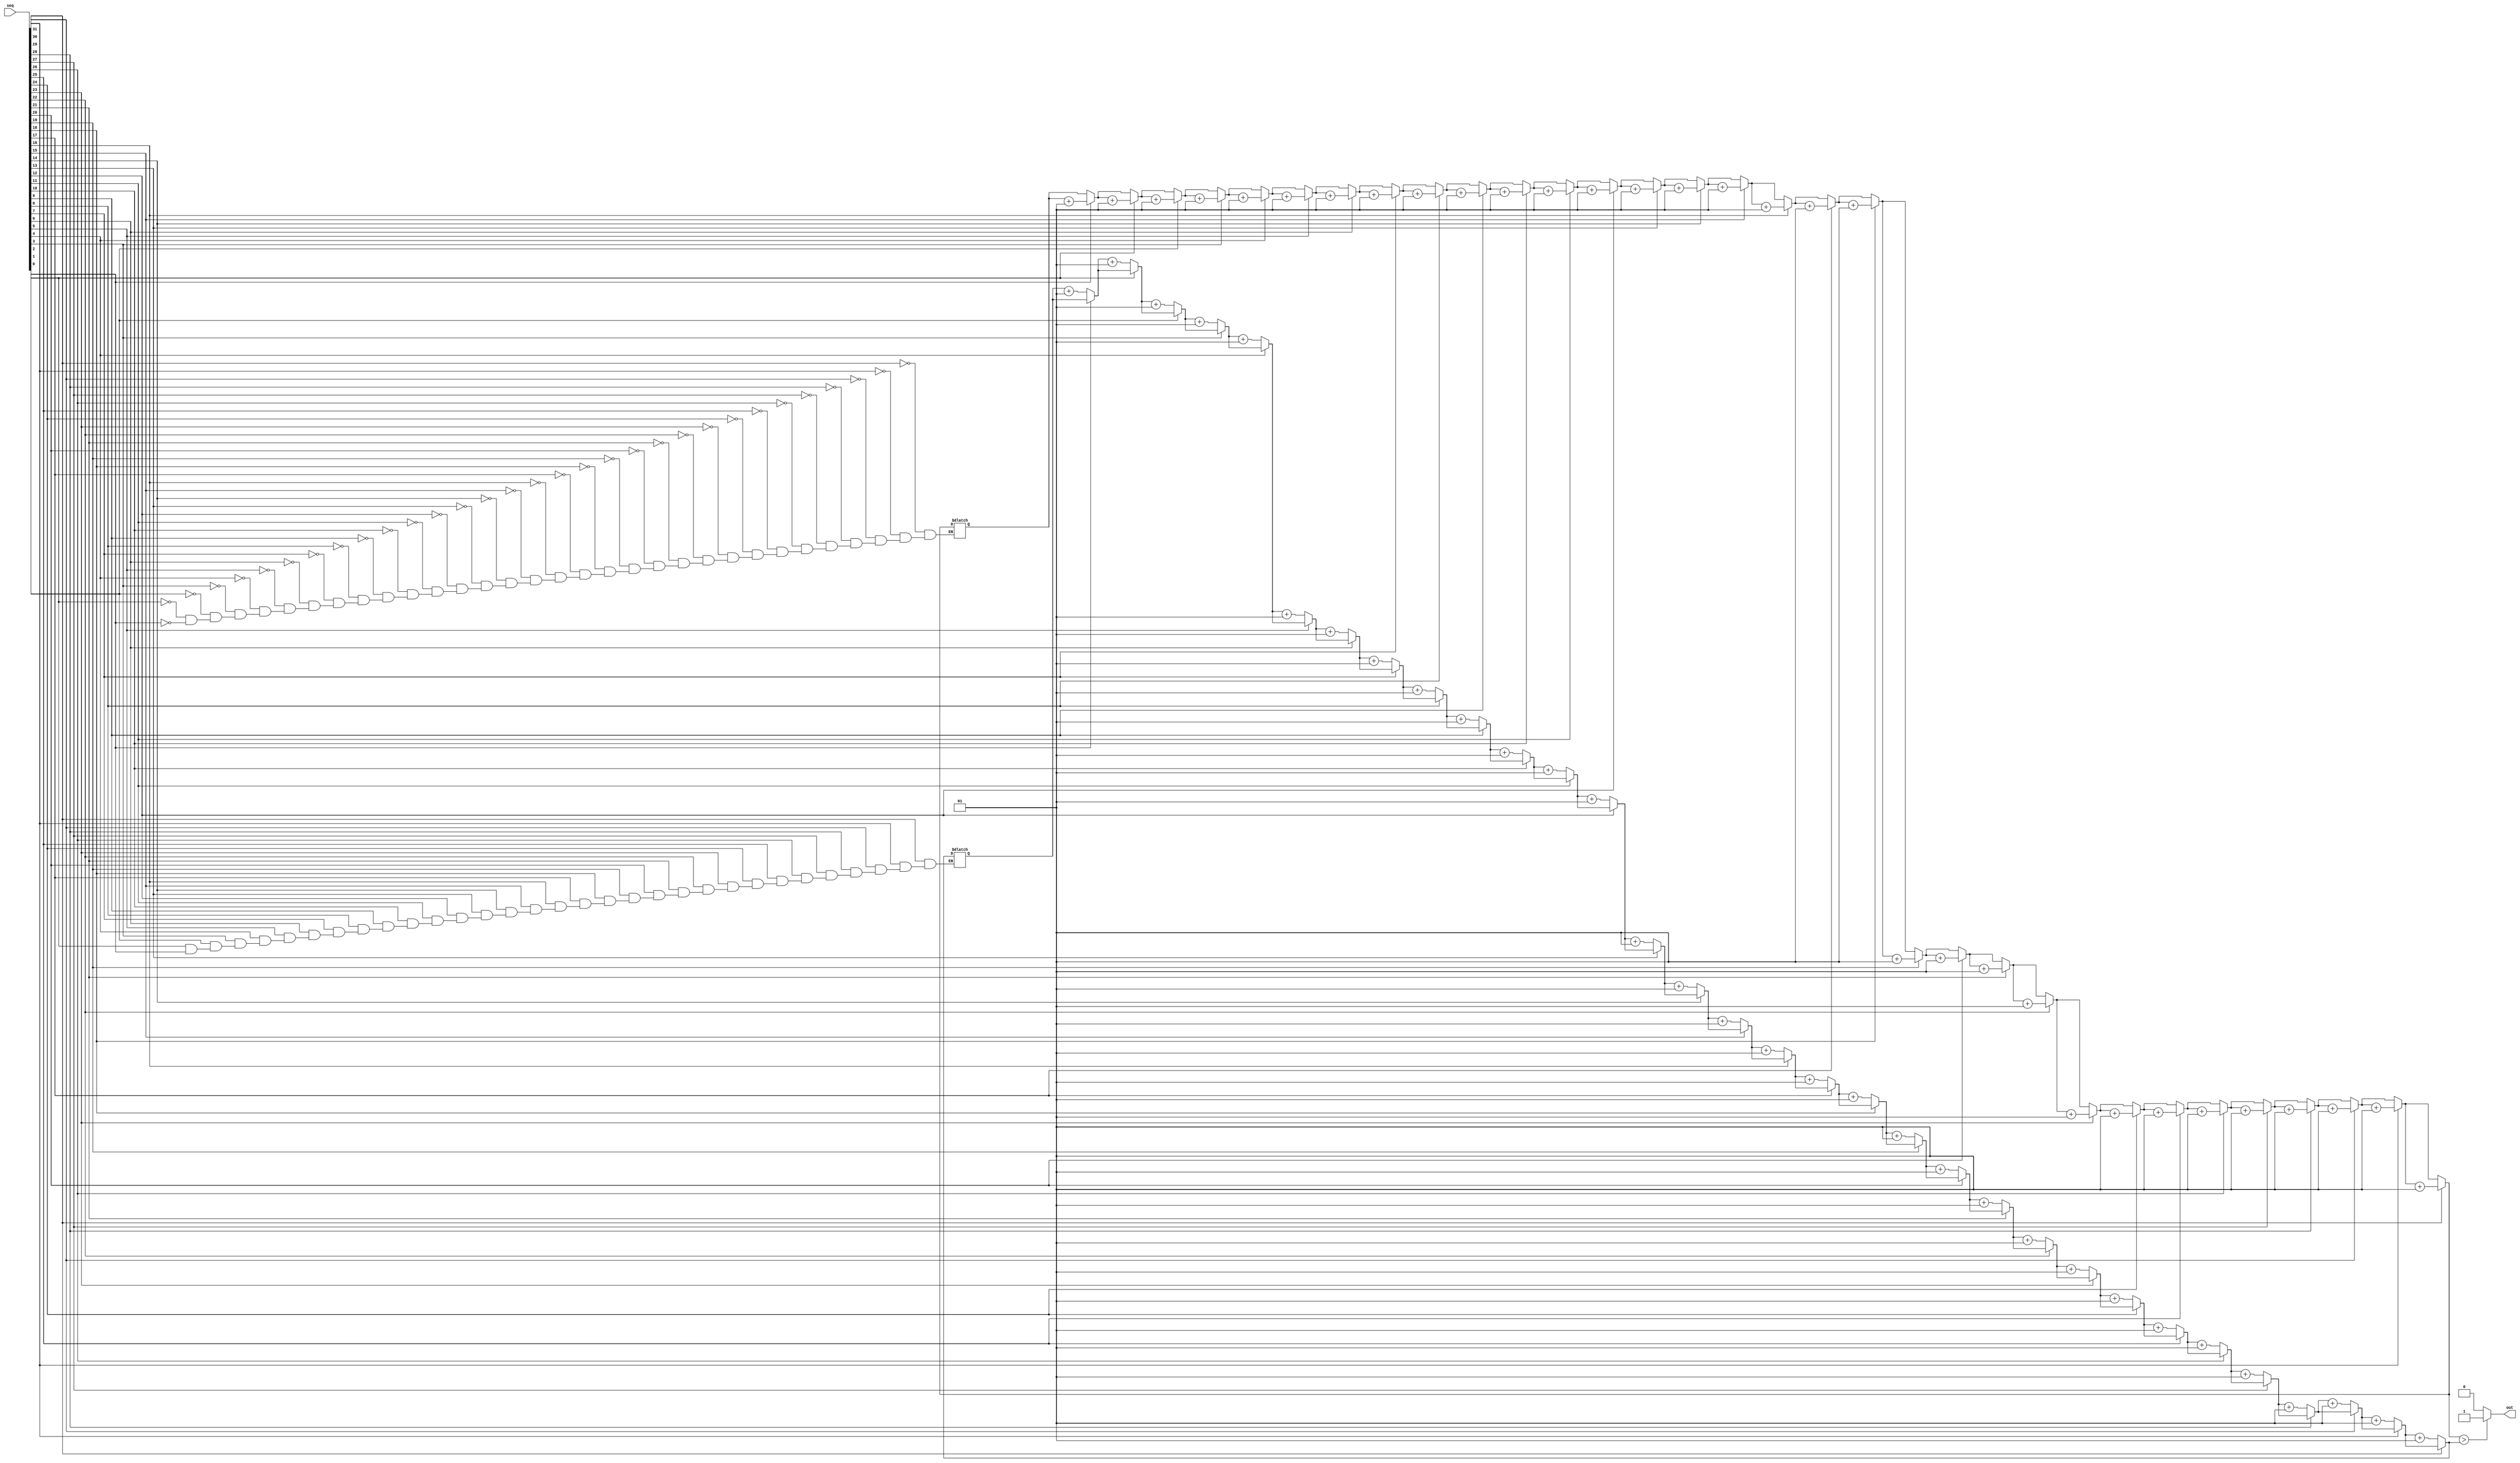

module majority #(
    parameter N = 32
) (
    input [N-1:0] seq,
    output out
);
  reg major;
  assign out = major;

  integer i;
  integer ones = 0;
  integer zeros = 0;

  always @(*) begin
    for (i = 0; i < N; i = i + 1) begin
      if (seq[i] == 1'b1) begin
        ones = ones + 1;
      end else begin
        zeros = zeros + 1;
      end
    end

    if (ones > zeros) begin
      major = 1'b1;
    end else if (ones < zeros) begin
      major = 1'b0;
    end else begin
      major = 1'b0;
    end
  end

endmodule